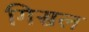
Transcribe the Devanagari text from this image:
गिसल